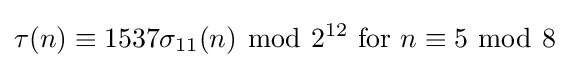
\tau (n)\equiv 1537\sigma _{11}(n)\ {\bmod {\ }}2^{12}{\text{ for }}n\equiv 5\ {\bmod {\ }}8